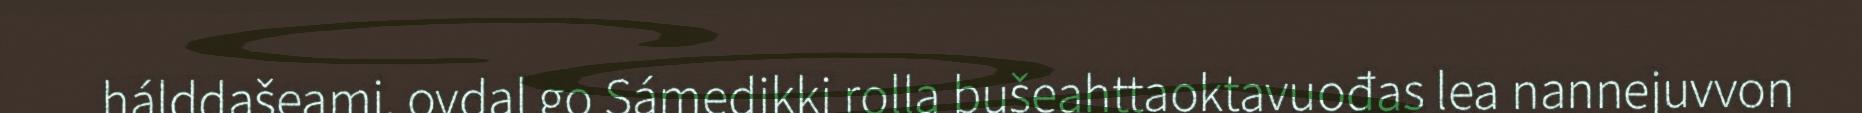
hálddašeami, ovdal go Sámedikki rolla bušeahttaoktavuođas lea nannejuvvon